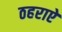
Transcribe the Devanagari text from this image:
ठहराऐ